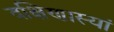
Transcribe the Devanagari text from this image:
दक्षिणास्यां